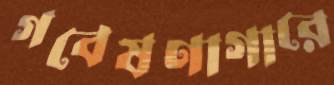
গবেষণাগারে